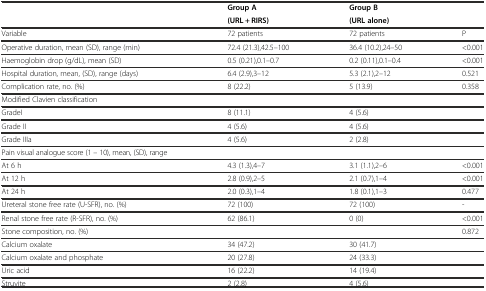
<table><thead><tr><td rowspan="2"></td><td><b>Group A</b></td><td><b>Group B</b></td><td rowspan="2"></td></tr><tr><td><b>(URL + RIRS)</b></td><td><b>(URL alone)</b></td></tr></thead><tbody><tr><td>Variable</td><td>72 patients</td><td>72 patients</td><td>P</td></tr><tr><td>Operative duration, mean (SD), range (min)</td><td>72.4 (21.3),42.5–100</td><td>36.4 (10.2),24–50</td><td>&lt;0.001</td></tr><tr><td>Haemoglobin drop (g/dL), mean (SD)</td><td>0.5 (0.21),0.1–0.7</td><td>0.2 (0.11),0.1–0.4</td><td>&lt;0.001</td></tr><tr><td>Hospital duration, mean, (SD), range (days)</td><td>6.4 (2.9),3–12</td><td>5.3 (2.1),2–12</td><td>0.521</td></tr><tr><td>Complication rate, no. (%)</td><td>8 (22.2)</td><td>5 (13.9)</td><td>0.358</td></tr><tr><td>Modified Clavien classification</td><td></td><td></td><td></td></tr><tr><td>GradeI</td><td>8 (11.1)</td><td>4 (5.6)</td><td></td></tr><tr><td>Grade II</td><td>4 (5.6)</td><td>4 (5.6)</td><td></td></tr><tr><td>Grade IIIa</td><td>4 (5.6)</td><td>2 (2.8)</td><td></td></tr><tr><td>Pain visual analogue score (1 – 10), mean, (SD), range</td><td></td><td></td><td></td></tr><tr><td>At 6 h</td><td>4.3 (1.3),4–7</td><td>3.1 (1.1),2–6</td><td>&lt;0.001</td></tr><tr><td>At 12 h</td><td>2.8 (0.9),2–5</td><td>2.1 (0.7),1–4</td><td>&lt;0.001</td></tr><tr><td>At 24 h</td><td>2.0 (0.3),1–4</td><td>1.8 (0.1),1–3</td><td>0.477</td></tr><tr><td>Ureteral stone free rate (U-SFR), no. (%)</td><td>72 (100)</td><td>72 (100)</td><td>-</td></tr><tr><td>Renal stone free rate (R-SFR), no. (%)</td><td>62 (86.1)</td><td>0 (0)</td><td>&lt;0.001</td></tr><tr><td>Stone composition, no. (%)</td><td></td><td></td><td>0.872</td></tr><tr><td>Calcium oxalate</td><td>34 (47.2)</td><td>30 (41.7)</td><td></td></tr><tr><td>Calcium oxalate and phosphate</td><td>20 (27.8)</td><td>24 (33.3)</td><td></td></tr><tr><td>Uric acid</td><td>16 (22.2)</td><td>14 (19.4)</td><td></td></tr><tr><td>Struvite</td><td>2 (2.8)</td><td>4 (5.6)</td><td></td></tr></tbody></table>